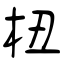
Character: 杻